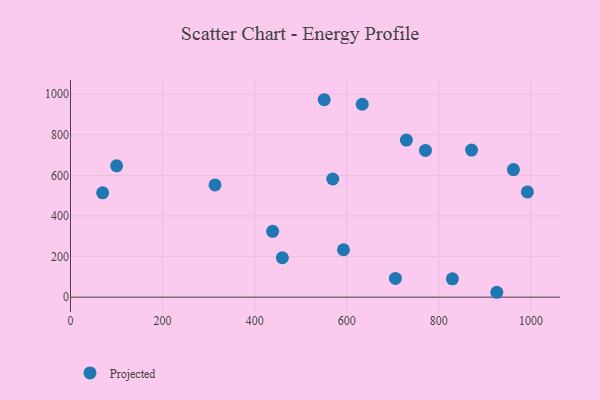
{"axis": {"x": "Speed", "y": "Demand"}, "legend": ["Projected"], "data": [{"x": "569.6", "y": 582.3, "type": "Projected"}, {"x": "871.1", "y": 724.7, "type": "Projected"}, {"x": "460.2", "y": 194.1, "type": "Projected"}, {"x": "69.8", "y": 514.3, "type": "Projected"}, {"x": "992.3", "y": 518.4, "type": "Projected"}, {"x": "633.6", "y": 950.6, "type": "Projected"}, {"x": "439.0", "y": 324.6, "type": "Projected"}, {"x": "592.9", "y": 233.6, "type": "Projected"}, {"x": "705.7", "y": 92.3, "type": "Projected"}, {"x": "729.5", "y": 773.9, "type": "Projected"}, {"x": "313.9", "y": 552.8, "type": "Projected"}, {"x": "771.0", "y": 722.9, "type": "Projected"}, {"x": "829.4", "y": 90.4, "type": "Projected"}, {"x": "962.0", "y": 628.8, "type": "Projected"}, {"x": "100.2", "y": 646.9, "type": "Projected"}, {"x": "925.9", "y": 24.1, "type": "Projected"}, {"x": "551.0", "y": 972.8, "type": "Projected"}]}